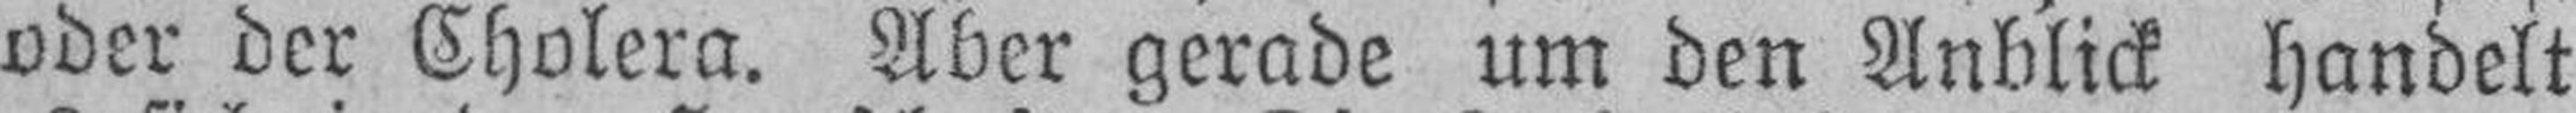
oder der Cholera. Aber gerade um den Anblick handelt